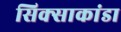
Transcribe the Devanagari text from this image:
सिक्साकांडा